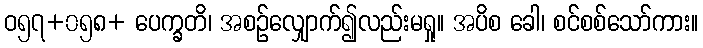
ဝ၅၇+၀၅၈+ ပေက္ခတိ၊ အစဉ်လျှောက်၍လည်းမရှု။ အပိစ ခေါ၊ စင်စစ်သော်ကား။